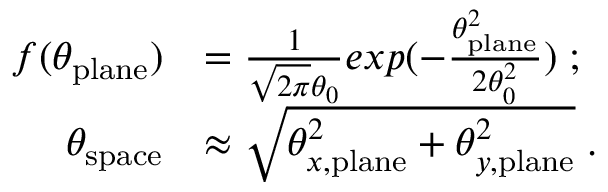
\begin{array} { r l } { f ( \theta _ { \mathrm { p l a n e } } ) } & { = \frac { 1 } { \sqrt { 2 \pi } \theta _ { 0 } } e x p ( - \frac { \theta _ { \mathrm { p l a n e } } ^ { 2 } } { 2 \theta _ { 0 } ^ { 2 } } ) \; ; } \\ { \theta _ { \mathrm { s p a c e } } } & { \approx \sqrt { \theta _ { x , \mathrm { p l a n e } } ^ { 2 } + \theta _ { y , \mathrm { p l a n e } } ^ { 2 } } \; . } \end{array}